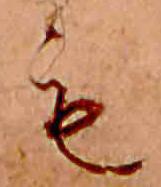
も